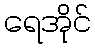
ရေအိုင်